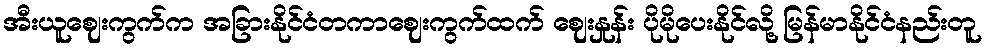
အီးယူဈေးကွက်က အခြားနိုင်ငံတကာဈေးကွက်ထက် ဈေးနှုန်း ပိုမိုပေးနိုင်လို့ မြန်မာနိုင်ငံနည်းတူ